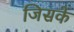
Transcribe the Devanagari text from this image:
जिसकें